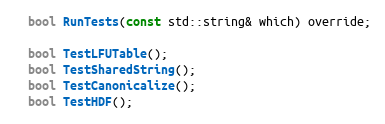
Language: C
  bool RunTests(const std::string& which) override;

  bool TestLFUTable();
  bool TestSharedString();
  bool TestCanonicalize();
  bool TestHDF();